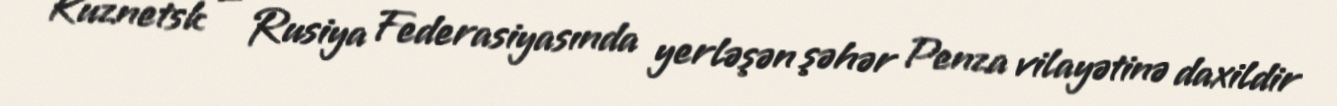
Kuznetsk — Rusiya Federasiyasında yerləşən şəhər Penza vilayətinə daxildir